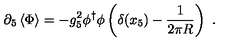
\partial _ { 5 } \left\langle { \Phi } \right\rangle = - g _ { 5 } ^ { 2 } \phi ^ { \dagger } \phi \left( \delta ( x _ { 5 } ) - { \frac { 1 } { 2 \pi R } } \right) \ .